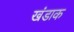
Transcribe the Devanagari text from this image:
खंडाक